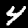
Digit: 4